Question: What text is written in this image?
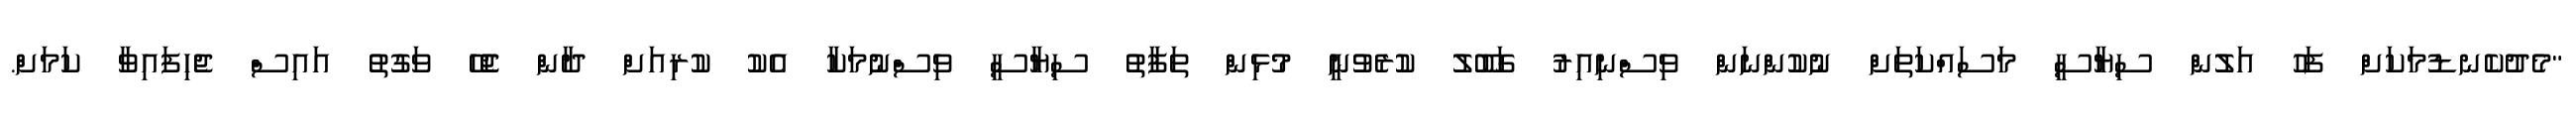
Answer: "މެދުކެނޑުމަކަށް ފަހު އަލުން ސިޔާސީ މަސައްކަތަށް ނުކުންނަން ވިސްނިއިރު ގަބޫލު ކުރެވުނީ މުޅިން ތަފާތު ސިޔާސީ ވިސްނުމަކާ އެކު ކުރިއަށް ދާން ޖެހޭ ވަގުތު އައިސް ޖެހިފައިވާ ކަމަށް.